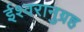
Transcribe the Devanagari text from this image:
ईश्वरानुग्रह